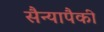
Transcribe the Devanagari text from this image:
सैन्यापैकी